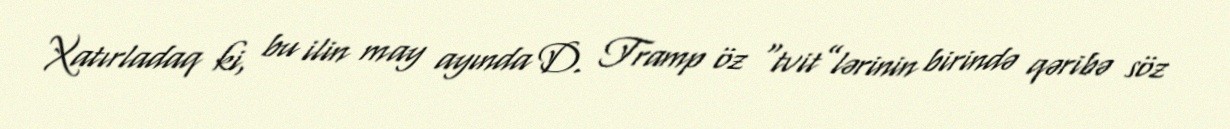
Xatırladaq ki, bu ilin may ayında D. Tramp öz “tvit”lərinin birində qəribə söz